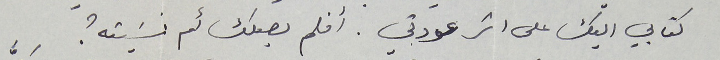
كتابي اليك على اثر عودتي. أفلم يصلك أم نسَيته؟